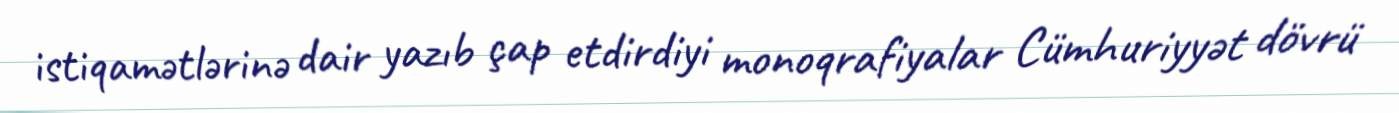
istiqamətlərinə dair yazıb çap etdirdiyi monoqrafiyalar Cümhuriyyət dövrü